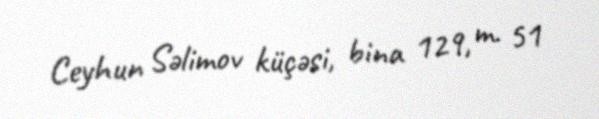
Ceyhun Səlimov küçəsi, bina 129, m. 51